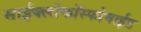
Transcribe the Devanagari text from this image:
साईक्लोफॉस्फोमाईड